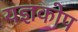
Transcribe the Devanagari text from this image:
यज्ञकोप